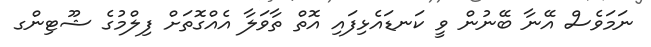
ނަމަވެސް އޭނާ ބޭނުން ވީ ކަނޑައެޅިފައި އޮތް ތާވަލާ އެއްގޮތަށް ފިލްމުގެ ޝޫޓިންގ